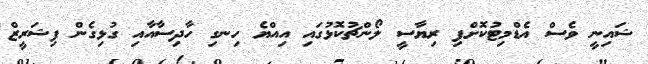
ޝައިނީ ވެސް އެޑްމިޓުކޮށްފި ރިޔާސީ ލޯންޗުކޮޅުގައި އިއްޔެ ހިނގި ހާދިސާއާއި ގުޅިގެން ފިޝަރީޒް